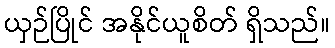
ယှဉ်ပြိုင် အနိုင်ယူစိတ် ရှိသည်။